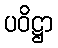
ပဝိဋ္ဌာ